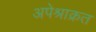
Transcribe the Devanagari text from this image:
अपेश्राक्रत